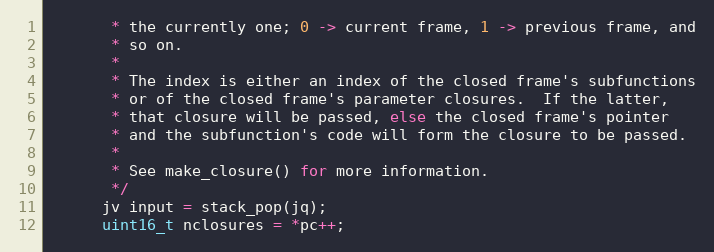
Language: C
       * the currently one; 0 -> current frame, 1 -> previous frame, and
       * so on.
       *
       * The index is either an index of the closed frame's subfunctions
       * or of the closed frame's parameter closures.  If the latter,
       * that closure will be passed, else the closed frame's pointer
       * and the subfunction's code will form the closure to be passed.
       *
       * See make_closure() for more information.
       */
      jv input = stack_pop(jq);
      uint16_t nclosures = *pc++;